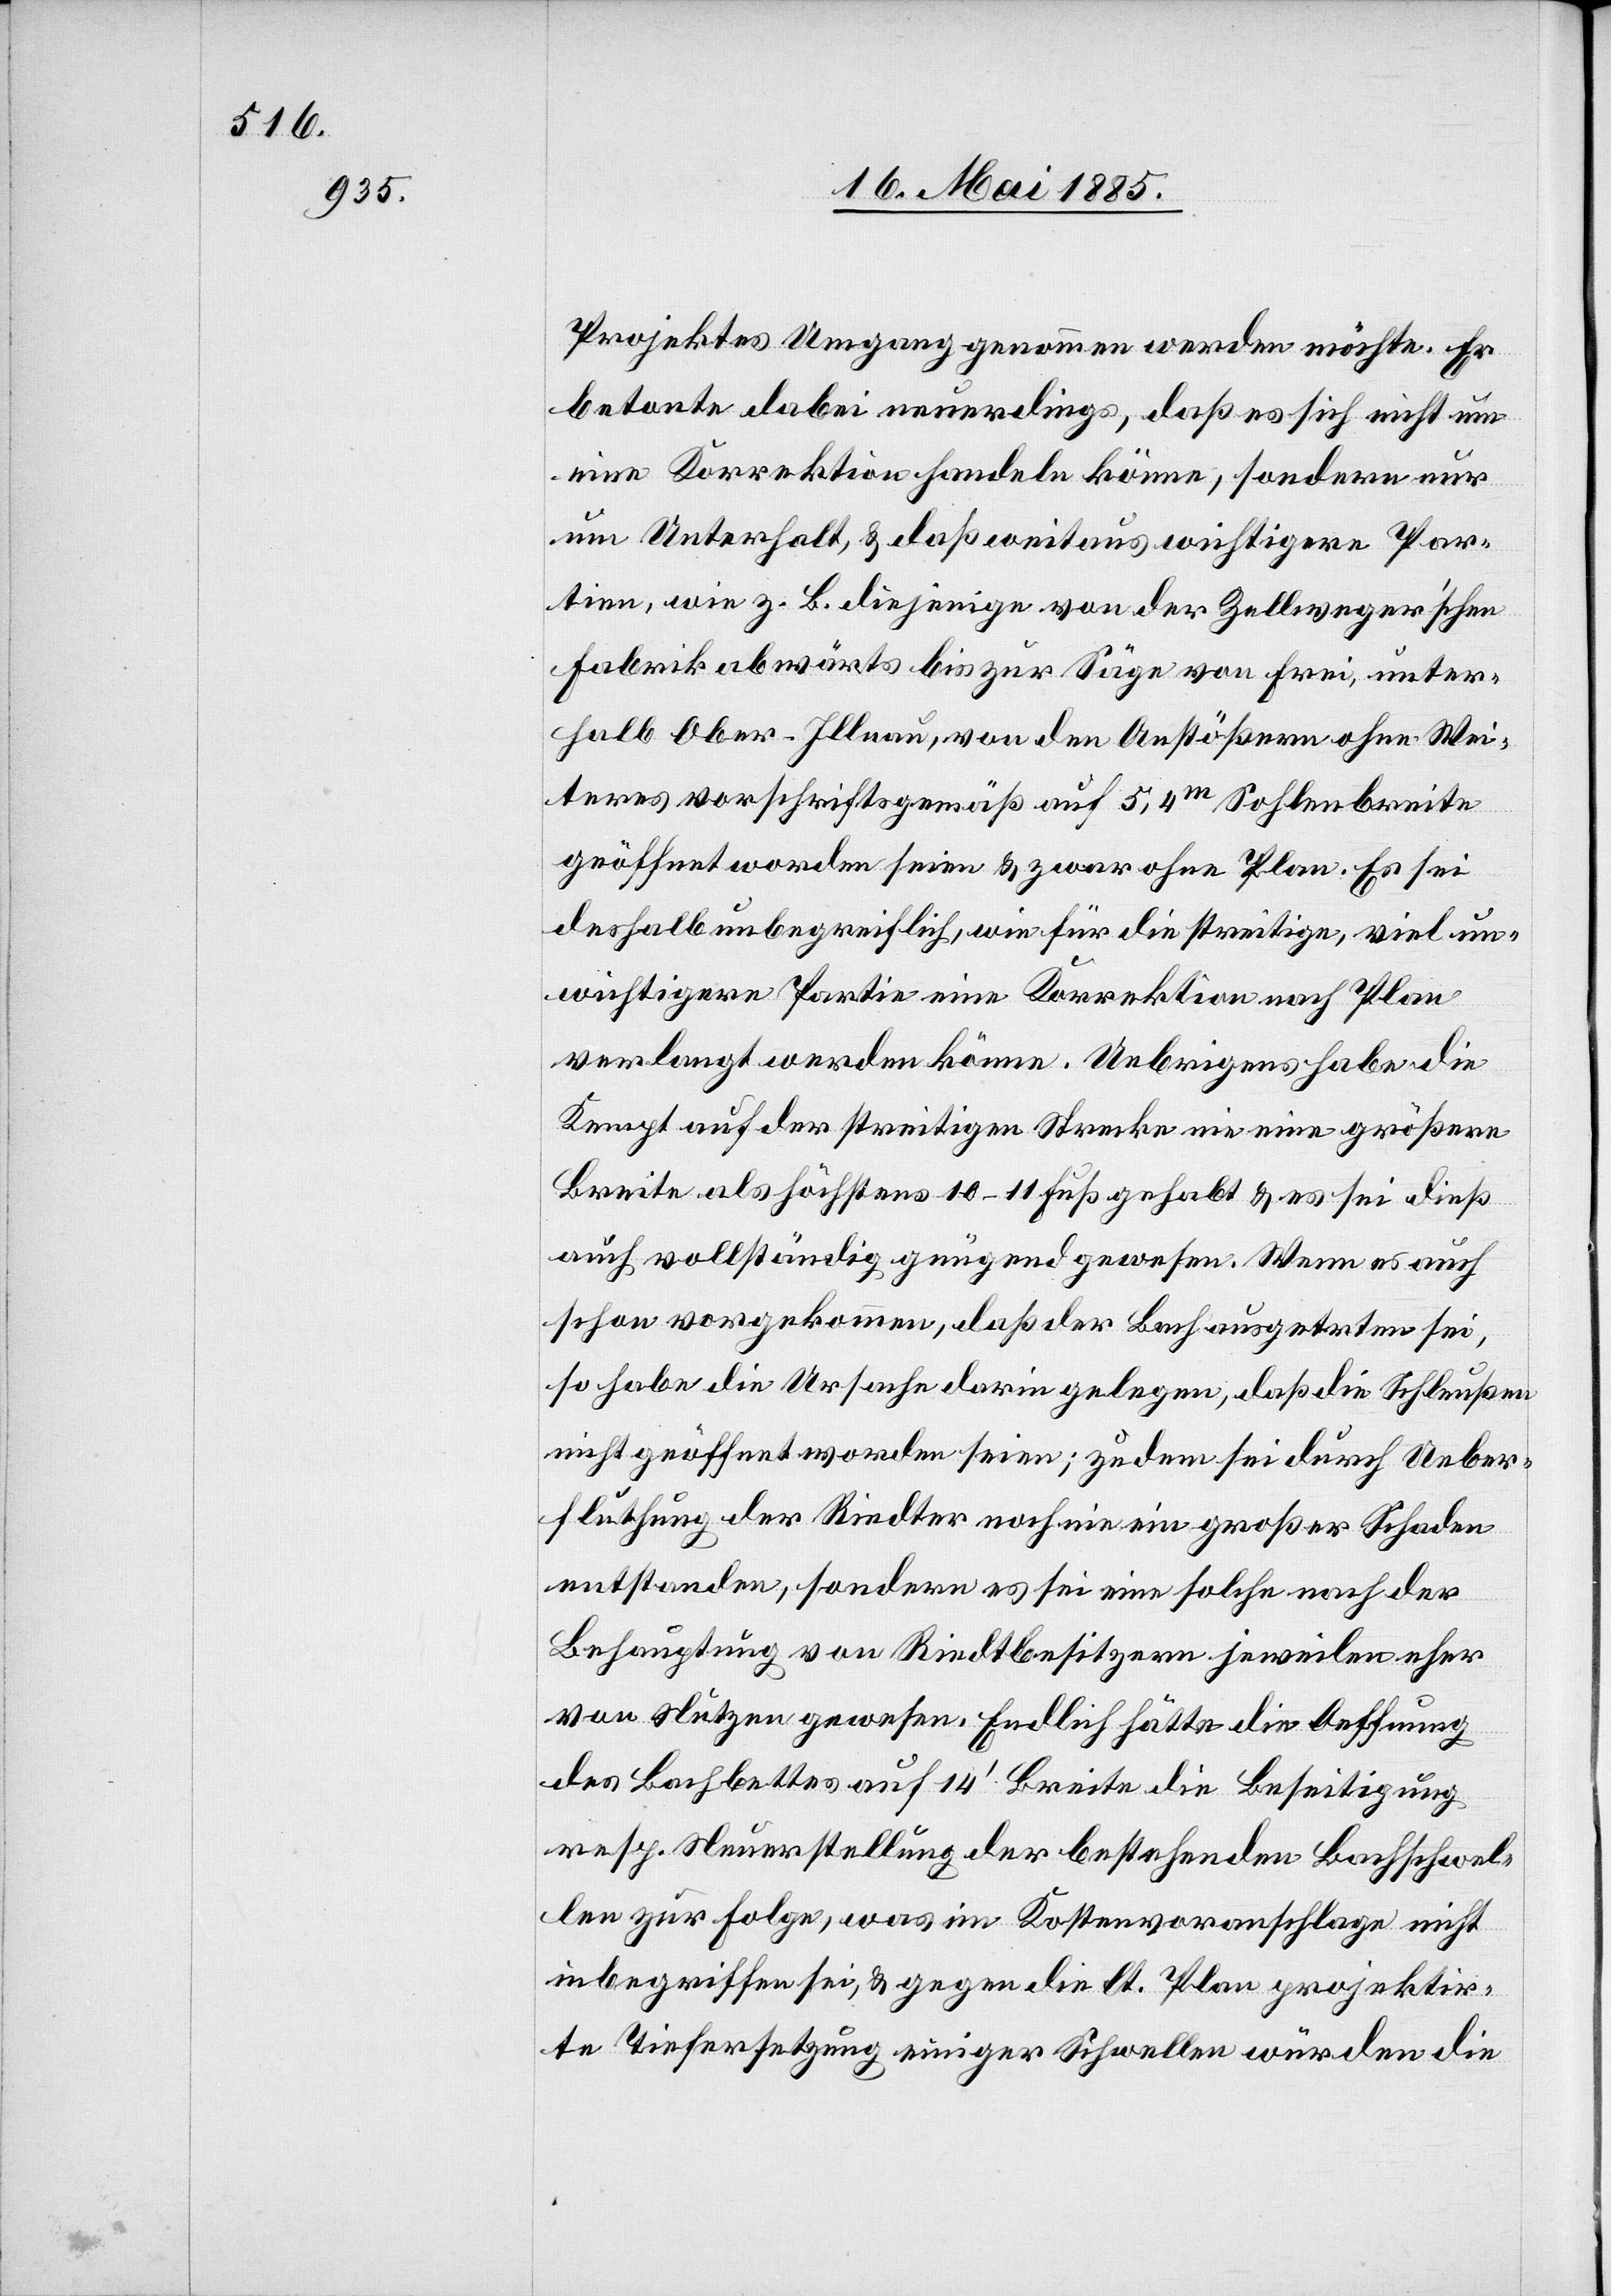
Projektes Umgang genommen werden möchte. Er
betonte dabei neuerdings, daß es sich nicht um
eine Korrektion handeln könne, sondern nur
um Unterhalt, & daß weitaus wichtigere Par¬
tien, wie z. B. diejenige von der Zellweger’schen
Fabrik abwärts bis zur Säge von Frei, unter¬
halb Ober-Illnau, von den Anstößern ohne wei¬
teres vorschriftsgemäß auf 5,4 m Sohlenbreite
geöffnet worden seien & zwar ohne Plan. Es sei
deshalb unbegreiflich, wie für die streitige, viel un¬
wichtigere Partie eine Korrektion nach Plan
verlangt werden könne. Uebrigens habe die
Kempt auf der streitigen Strecke nie eine größere
auch vollständig genügend gewesen. Wenn es auch
schon vorgekommen, daß der Bach ausgetreten sei,
so habe die Ursache darin gelegen, daß die Schleußen
nicht geöffnet worden seien; zudem sei durch Ueber¬
fluthung der Riedter noch nie ein großer Schaden
entstanden, sondern es sei eine solche nach der
Behauptung von Riedtbesitzern jeweilen eher
von Nutzen gewesen. Endlich hätte die Oeffnung
des Bachbettes auf 14’ Breite die Beseitigung
resp. Neuerstellung der bestehenden Bachschwel¬
len zur Folge, was im Kostenvoranschlage nicht
inbegriffen sei, & gegen die lt. Plan projektir¬
te Tiefersetzung einiger Schwellen würden die